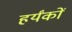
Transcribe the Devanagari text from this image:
हर्यंकों